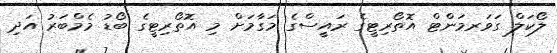
ލޯކަލް ގަވަރމަންޓް އޮތޯރިޓީގެ ރައީސްގެ މަގާމަށް މި އޮތޯރިޓީގެ ބޯޑު މެމްބަރު އަދި